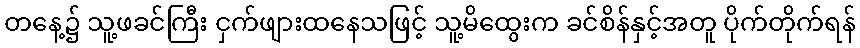
တနေ့၌ သူ့ဖခင်ကြီး ငှက်ဖျားထနေသဖြင့် သူ့မိထွေးက ခင်စိန်နှင့်အတူ ပိုက်တိုက်ရန်